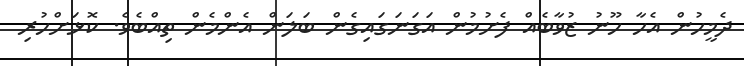
ދެމީހުން އެހާ ހޫނު ޒުވާބެއް ފެށުމުން އަގަނަގައިގެން ބަލަން އެންމެން ތިއްބެވެ. ކޮޅަށްހުރި